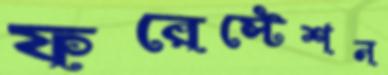
ফরেস্টেশন